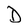
Character: D